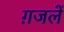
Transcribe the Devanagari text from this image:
ग़जलें